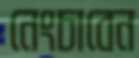
নেংচাবেন